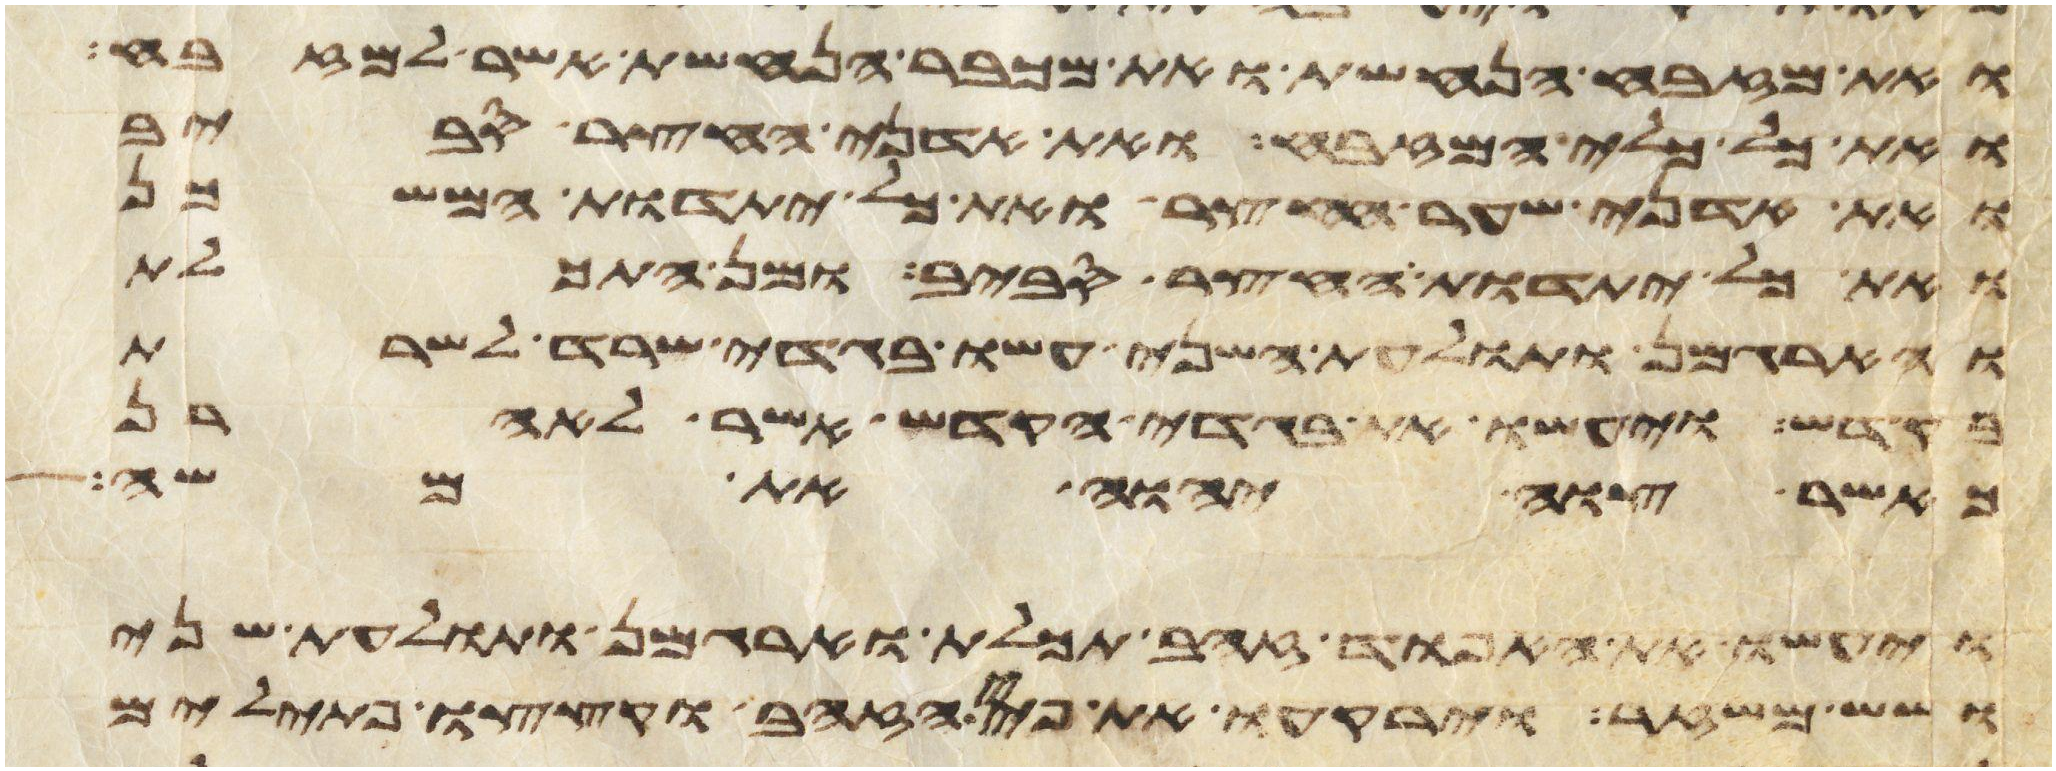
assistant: ואת מזבח הנחשת ואת מכבר הנחשת אשר למזבח
ואת כל כלי המזבח ואת אדני החצר סביב
ואת אדני שער החצר ואת כל יתדות המשכן
ואת כל יתדות החצר סביב ומן התכלת
והארגמן ותולעת השני עשו בגדי שרד לשרת
בקדש ויעשו את בגדי הקדש אשר לאהרן
כאשר צוה יהוה את משה
ויעשו את האפוד זהב תכלת וארגמן ותולעת שני
ושש משזר וירקעו את פחי הזהב וקצצו פתילים